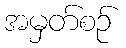
အမှတ်စဉ်